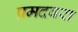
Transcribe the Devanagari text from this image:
प्रमदवरा